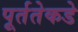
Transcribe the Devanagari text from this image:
पूर्ततेकडे